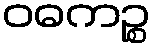
ဝဓကဉ္စ